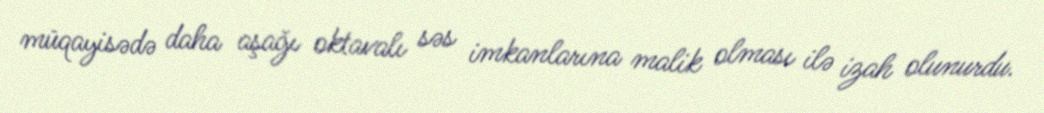
müqayisədə daha aşağı oktavalı səs imkanlarına malik olması ilə izah olunurdu.